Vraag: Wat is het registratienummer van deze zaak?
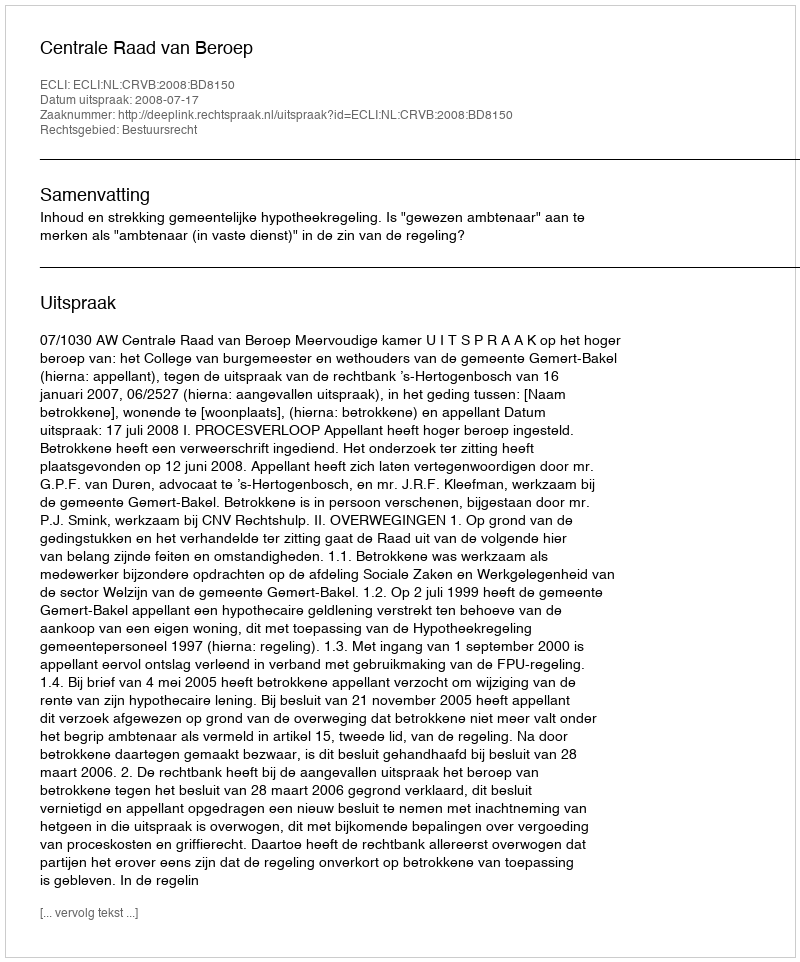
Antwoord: http://deeplink.rechtspraak.nl/uitspraak?id=ECLI:NL:CRVB:2008:BD8150